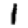
Digit: 1